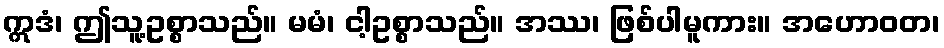
ဣဒံ၊ ဤသူ့ဥစ္စာသည်။ မမံ၊ ငါ့ဥစ္စာသည်။ အဿ၊ ဖြစ်ပါမူကား။ အဟောဝတ၊